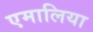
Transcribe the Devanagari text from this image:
एमालिया